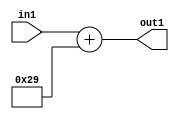
`timescale 1ps / 1ps
/*****************************************************************************
    Verilog RTL Description
    
    
    Created by: Stratus DpOpt 2019.1.01 
*******************************************************************************/

module DC_Filter_Add_12U_155_1 (
	in1,
	out1
	); /* architecture "behavioural" */ 
input [11:0] in1;
output [11:0] out1;
wire [11:0] asc001;

assign asc001 = 
	+(in1)
	+(12'B000000101001);

assign out1 = asc001;
endmodule

/* CADENCE  urj5SgA= : u9/ySgnWtBlWxVPRXgAZ4Og= ** DO NOT EDIT THIS LINE ******/